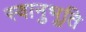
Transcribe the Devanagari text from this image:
स्‍वानुभूति